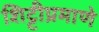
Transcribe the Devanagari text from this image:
शिट्टीप्रमाणे